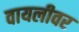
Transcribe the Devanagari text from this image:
वायलीवर